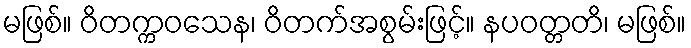
မဖြစ်။ ဝိတက္ကဝသေန၊ ဝိတက်အစွမ်းဖြင့်။ နပဝတ္တတိ၊ မဖြစ်။